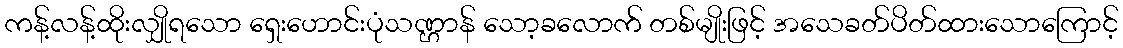
ကန့်လန့်ထိုးလျှိုရသော ရှေးဟောင်းပုံသဏ္ဌာန် သော့ခလောက် တစ်မျိုးဖြင့် အသေခတ်ပိတ်ထားသောကြောင့်